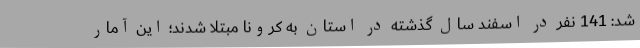
شد: 141 نفر در اسفند سال گذشته در استان به کرونا مبتلا شدند؛ این آمار